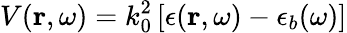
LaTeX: V(\boldsymbol{\mathbf{r}},\omega)=k_{0}^{2}\left[\epsilon(\boldsymbol{\mathbf{r}},\omega)-\epsilon_{b}(\omega)\right]